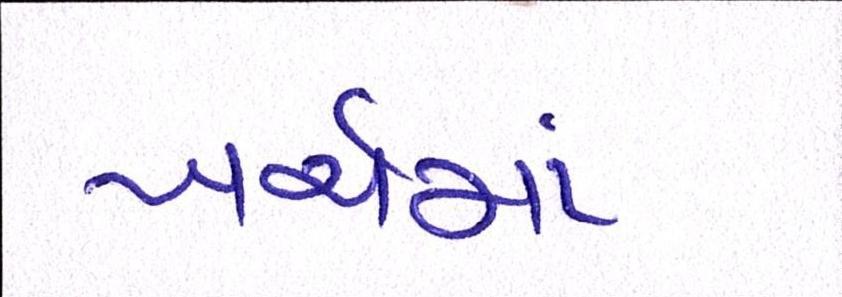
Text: ખર્ચમાં